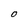
Character: O